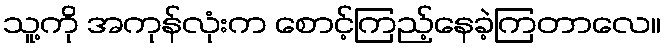
သူ့ကို အကုန်လုံးက စောင့်ကြည့်နေခဲ့ကြတာလေ။